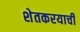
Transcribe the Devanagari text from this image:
शेतकरयाची